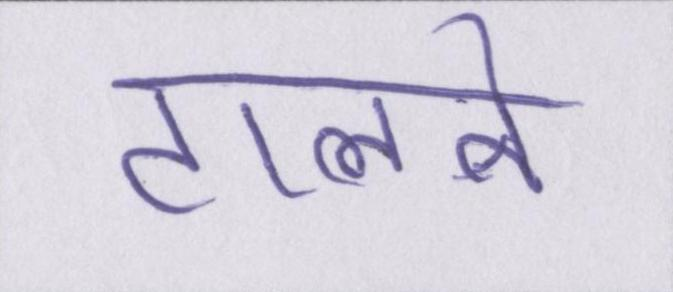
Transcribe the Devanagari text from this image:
टालने